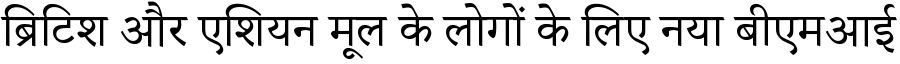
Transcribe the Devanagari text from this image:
ब्रिटिश और एशियन मूल के लोगों के लिए नया बीएमआई